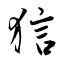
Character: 狺